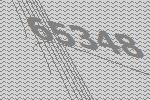
65348